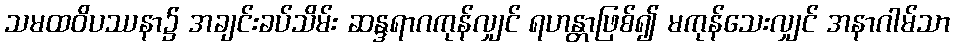
သမထဝိပဿနာ၌ အချင်းခပ်သိမ်း ဆန္ဒရာဂကုန်လျှင် ရဟန္တာဖြစ်၍ မကုန်သေးလျှင် အနာဂါမ်သာ